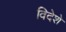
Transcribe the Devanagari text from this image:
विदेशे